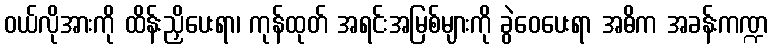
ဝယ်လိုအားကို ထိန်းညှိပေးရာ၊ ကုန်ထုတ် အရင်းအမြစ်များကို ခွဲဝေပေးရာ အဓိက အခန်းကဏ္ဍ